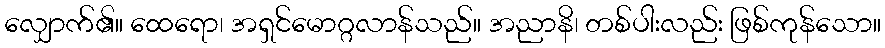
လျှောက်၏။ ထေရော၊ အရှင်မောဂ္ဂလာန်သည်။ အညာနိ၊ တစ်ပါးလည်း ဖြစ်ကုန်သော။